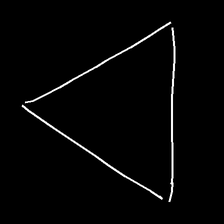
Glyph: convergence